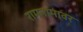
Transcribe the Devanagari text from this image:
रामनामावर